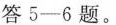
答5-6题。